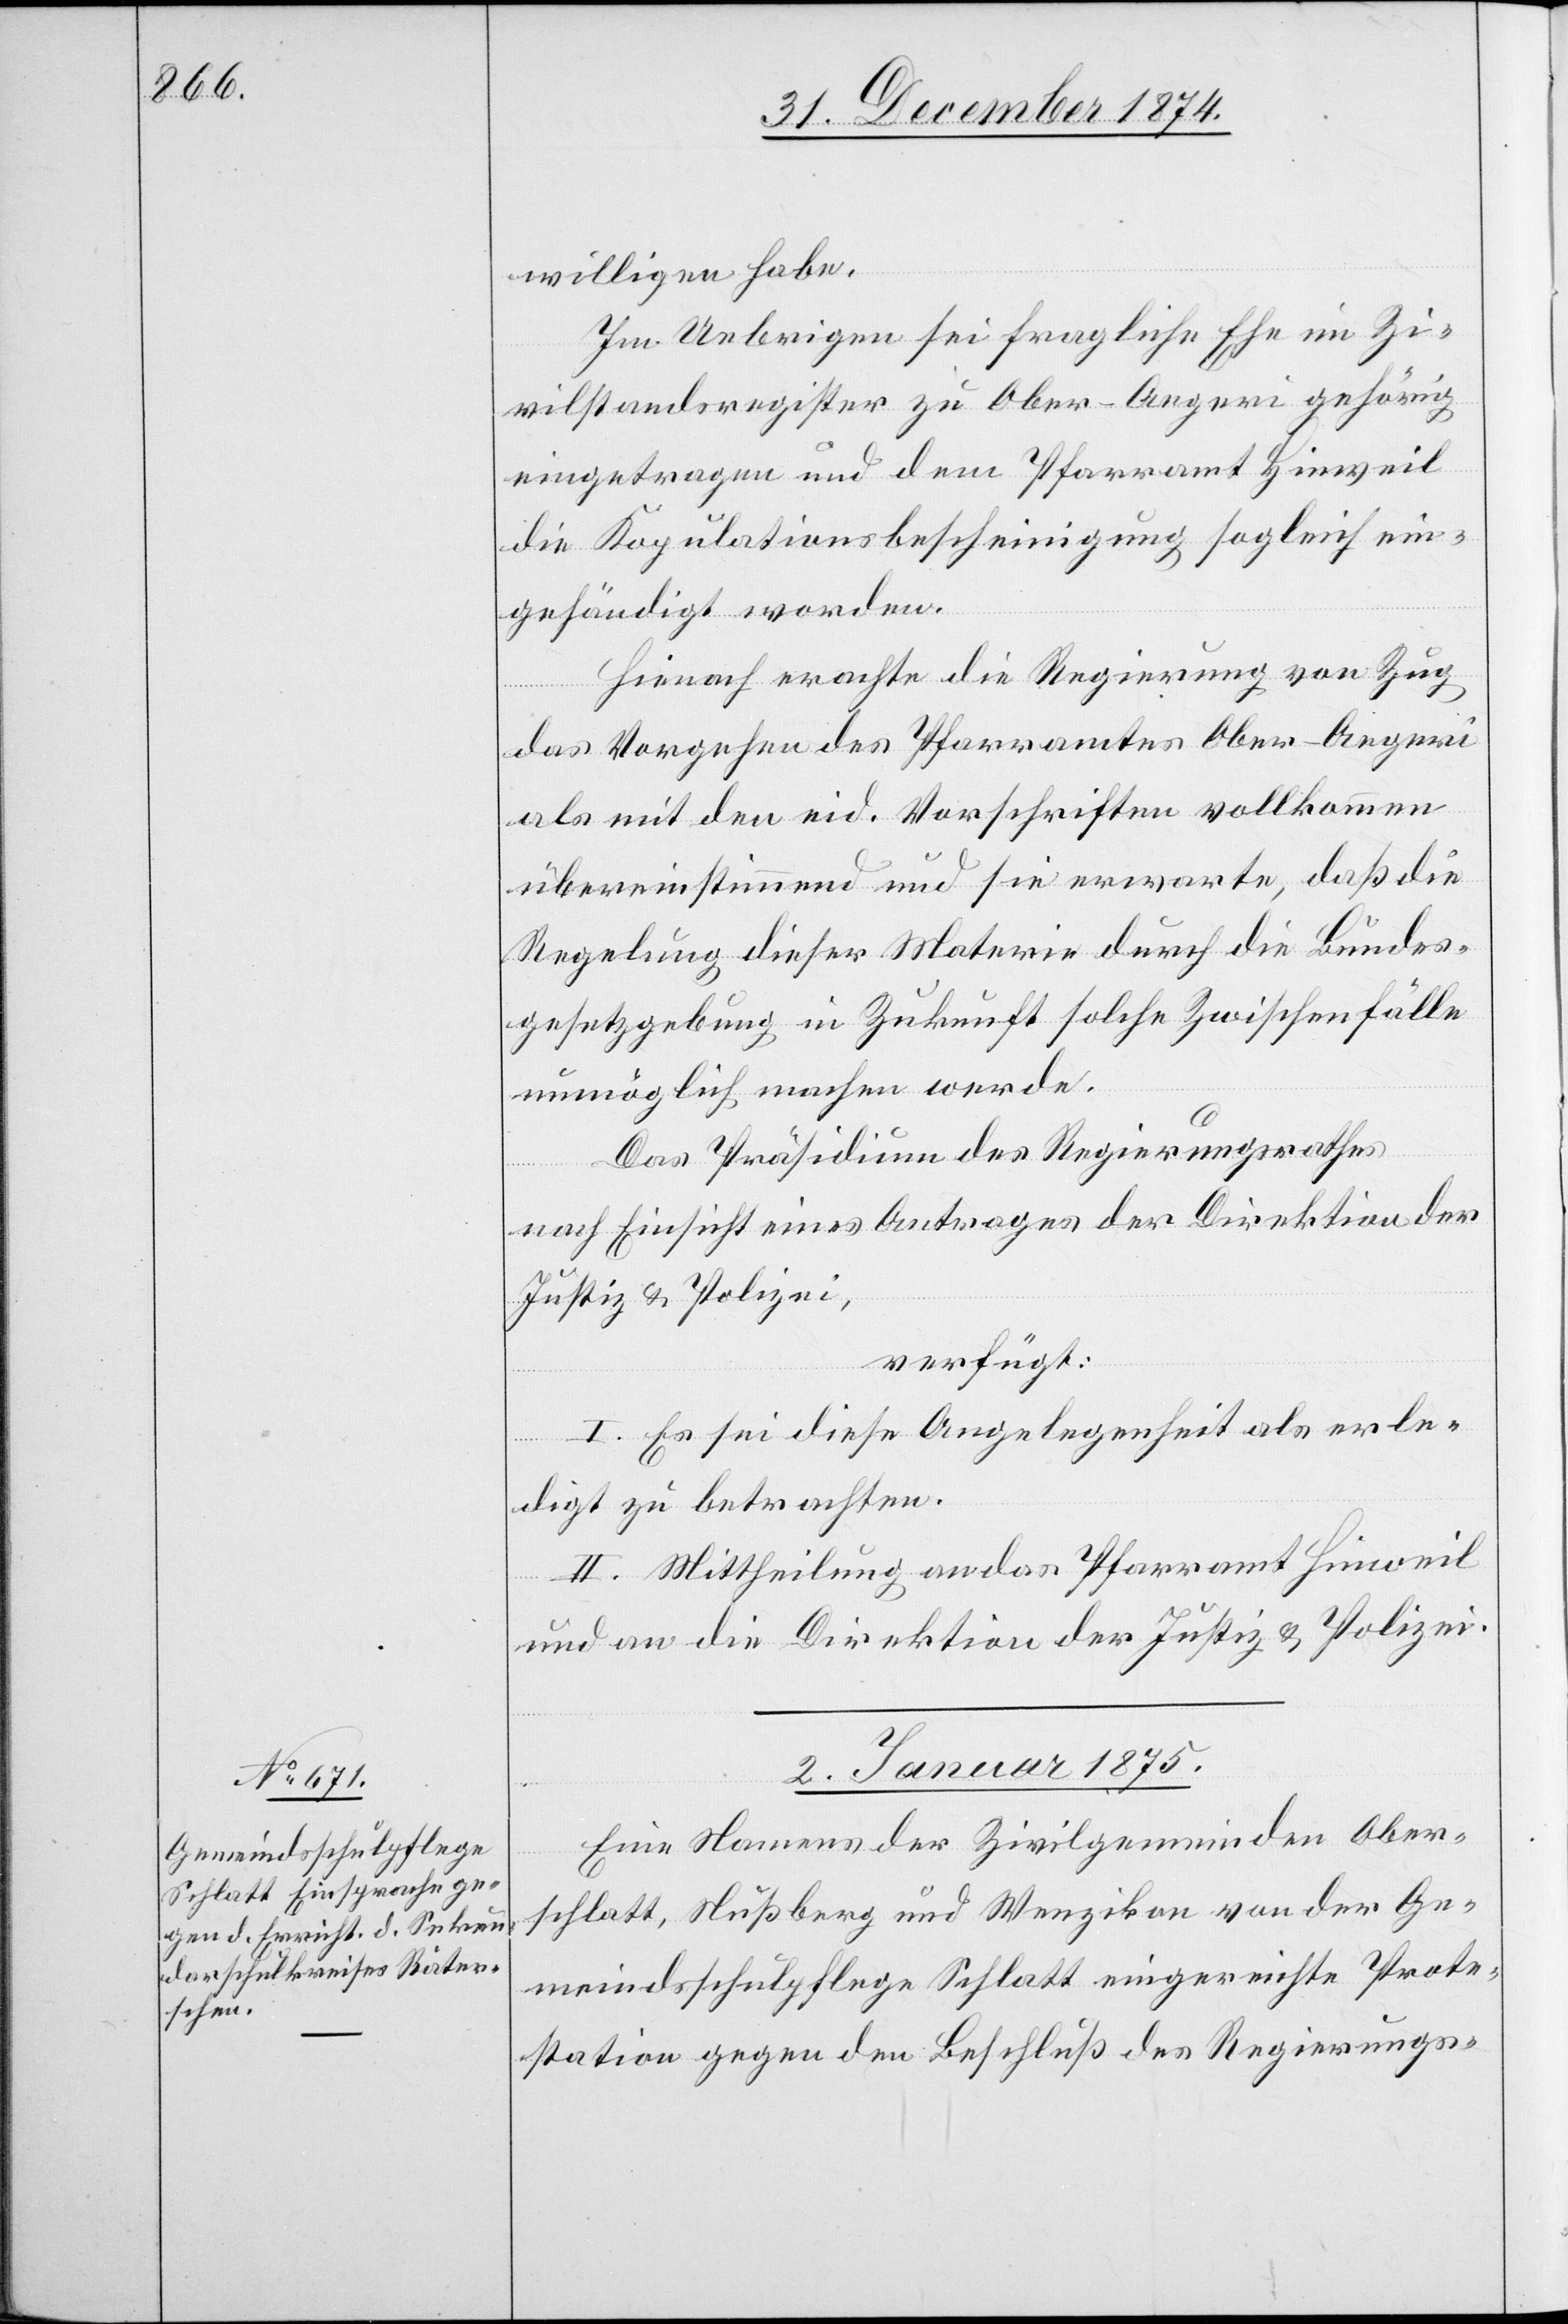
willigen habe.
Im Uebrigen sei fragliche Ehe im Zi¬
vilstandsregister zu Ober-Aegeri gehörig
eingetragen und dem Pfarramt Hinweil
die Kopulationsbescheinigung sogleich ein¬
gehändigt worden.
Hienach erachte die Regierung von Zug
das Vorgehen des Pfarramtes Ober-Aegeri
als mit den eid. Vorschriften vollkommen
übereinstimmend und sie erwarte, daß die
Regelung dieser Materie durch die Bundes¬
gesetzgebung in Zukunft solche Zwischenfälle
unmöglich machen werde.
Das Präsidium des Regierungsrathes
nach Einsicht eines Antrages der Direktion der
Justiz & Polizei,
verfügt:
I. Es sei diese Angelegenheit als erle¬
digt zu betrachten.
II. Mittheilung an das Pfarramt Hinweil
und an die Direktion der Justiz & Polizei.
2. Januar 1875.
Eine Namens der Zivilgemeinden Ober¬
schlatt, Nußberg und Wenzikon von der Ge¬
meindsschulpflege Schlatt eingereichte Prote¬
station gegen den Beschluß des Regierungs-